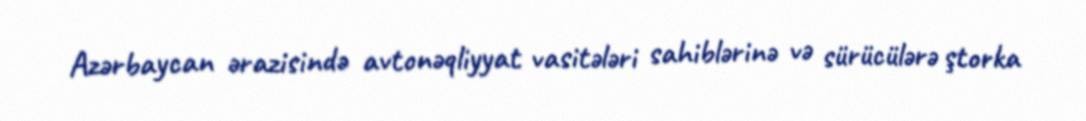
Azərbaycan ərazisində avtonəqliyyat vasitələri sahiblərinə və sürücülərə ştorka